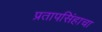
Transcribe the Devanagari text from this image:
प्रतापसिंहाचा